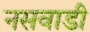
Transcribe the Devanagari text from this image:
नसवाडी